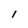
Character: I